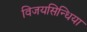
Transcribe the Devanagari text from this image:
विजयसिन्धिया